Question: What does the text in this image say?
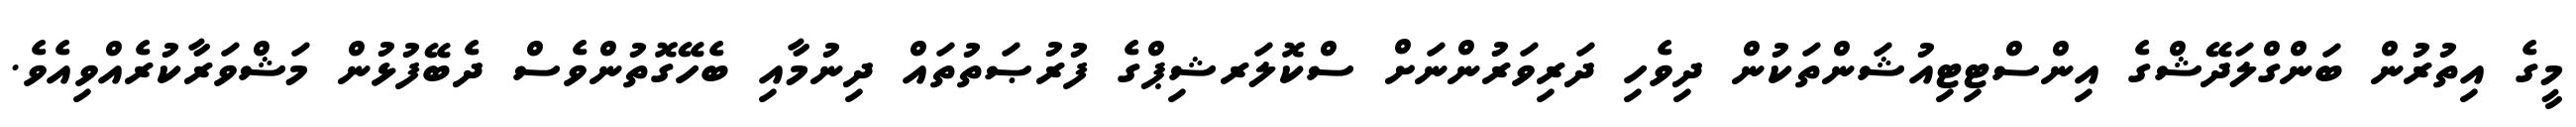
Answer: މީގެ އިތުރުން ބަންގްލަދޭޝްގެ އިންސްޓިޓިއުޝަންތަކުން ދިވެހި ދަރިވަރުންނަށް ސްކޮލަރޝިޕްގެ ފުރުޞަތުތައް ދިނުމާއި ބެހޭގޮތުންވެސް ދެބޭފުޅުން މަޝްވަރާކުރެއްވިއެވެ.